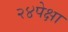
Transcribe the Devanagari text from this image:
२४पेक्षा